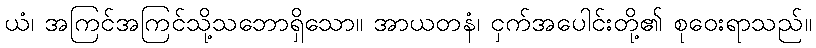
ယံ၊ အကြင်အကြင်သို့သဘောရှိသော။ အာယတနံ၊ ငှက်အပေါင်းတို့၏ စုဝေးရာသည်။